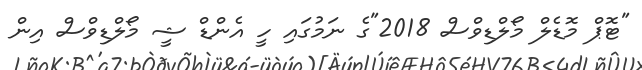
"ޓޮޕް މޮޑެލް މޯލްޑިވްސް 2018"ގެ ނަމުގައި ހީ އެންޑް ޝީ މޯލްޑިވްސް އިން